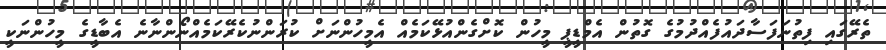
ތެރޭގައި ފިތުނަފަސާދައުފެއްދުމުގެ ގޮތުން އެމްޑީޕީ މީހުން ކޮށްގެންއުޅޭކަމެއް އެމީހުންނަށް ކުރަންނުކެރޭކަމެއްނޯންނާނެ އެބާޑީގެ މީހުންނަކީ